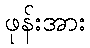
ဖုန်းအား